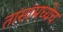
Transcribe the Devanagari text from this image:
तासांमध्येच